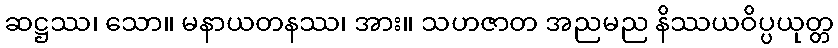
ဆဋ္ဌဿ၊ သော။ မနာယတနဿ၊ အား။ သဟဇာတ အညမည နိဿယဝိပ္ပယုတ္တ